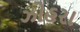
ઝોહરા